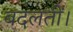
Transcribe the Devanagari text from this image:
बदलतीं।